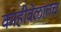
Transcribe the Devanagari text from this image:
काहीवेळातच